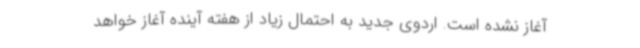
آغاز نشده است. اردوی جدید به احتمال زیاد از هفته آینده آغاز خواهد